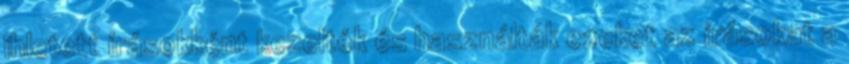
ihletett írásokként kezelték és használták ezeket az írásokat a